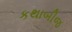
કથાબીજ